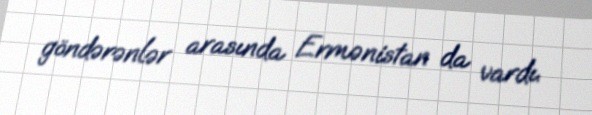
göndərənlər arasında Ermənistan da vardı.